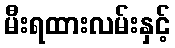
မီးရထားလမ်းနှင့်